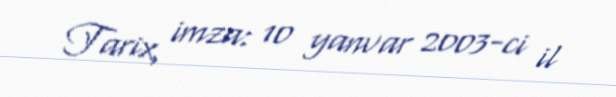
Tarix, imza: 10 yanvar 2003-ci il